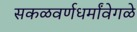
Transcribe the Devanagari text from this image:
सकळवर्णधर्मांवेगळे